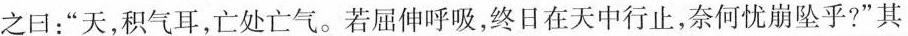
之曰：“天，积气耳，亡处亡气。若屈伸呼吸，终日在天中行正，奈何优崩坠乎？“其